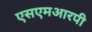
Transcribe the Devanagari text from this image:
एसएमआरपी